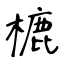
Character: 樚